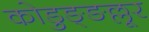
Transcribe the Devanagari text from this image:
कोडुङ्ङल्लूर